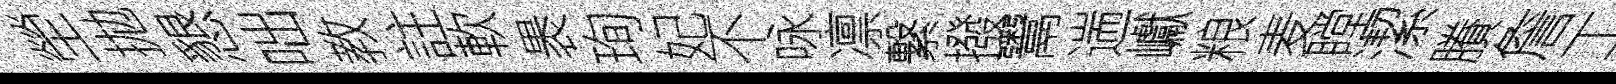
塋拋懇咄教註軟褁珣妃不咏凛繋撥鬻遄巘粮麦瞠潔賸詹工